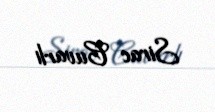
Sirac Cuvarlı